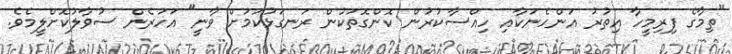
"ތިމާގެ ފިރިމީހާ އިތުރު އަންހެނަކާއި ހިއްސާކުރުން ކޮންގޮތަކުން ރަނގަޅުކަމަށް ވާނީ" އަހަރެން ސުވާލުކޮށްލީމެވެ.